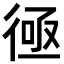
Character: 𢔔